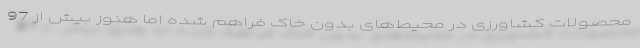
محصولات کشاورزی در محیط‌های بدون خاک فراهم شده اما هنوز بیش از 97